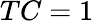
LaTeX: TC=1